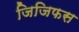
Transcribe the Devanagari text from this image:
जिजिफस